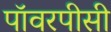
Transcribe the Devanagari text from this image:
पॉवरपीसी